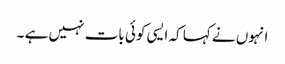
انہوں نے کہا کہ ایسی کوئی بات نہیں ہے ۔